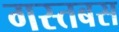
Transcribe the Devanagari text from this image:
गस्तबस